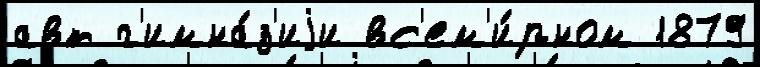
авт г'имна́з'иjи вс'ем'и́рном 1879